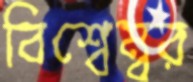
বিশ্বেম্বর